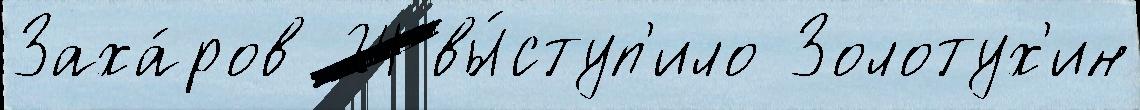
Заха́ров 24 вы́ступ'ило Золотух'ин